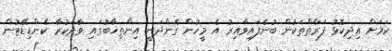
ކަމަށް އިދިކޮޅު ފަރާތްތަކުން ބުނެފައިވާއިރު އެ މީހުން ގެންދަނީ އިންތިޚާބުގައި ވާދަކުރާ ކެންޑިޑޭޓުން